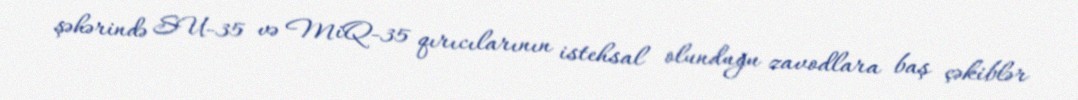
şəhərində SU-35 və MiQ-35 qırıcılarının istehsal olunduğu zavodlara baş çəkiblər